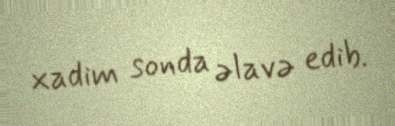
xadim sonda əlavə edib.